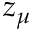
z _ { \mu }